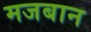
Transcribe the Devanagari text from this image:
मजबान